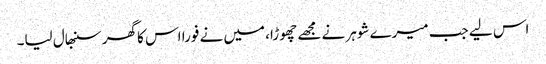
اس لیے جب میرے شوہر نے مجھے چھوڑا، میں نے فورا اس کا گھر سنبھال لیا۔